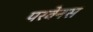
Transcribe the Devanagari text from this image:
परवेनस